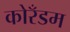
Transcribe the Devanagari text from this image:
कोरँडम